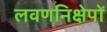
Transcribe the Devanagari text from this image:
लवणनिक्षेपों